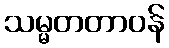
သမ္မတတာဝန်